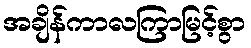
အချိန်ကာလကြာမြင့်စွာ